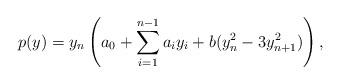
LaTeX: \begin{align*}p(y)=y_n \left(a_0+\sum_{i=1}^{n-1}a_iy_i+b(y_n^2-3y_{n+1}^2)\right),\end{align*}